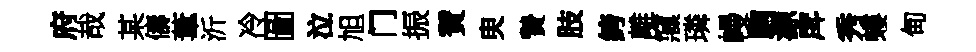
府哉某儔葦沂冷圖泣旭门振賛㬰贄肢絝離䆿璘幔駒源戽秀螻甸